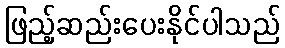
ဖြည့်ဆည်းပေးနိုင်ပါသည်